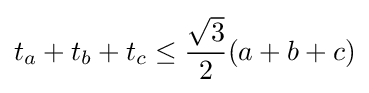
t_{a}+t_{b}+t_{c}\leq {\frac {\sqrt {3}}{2}}(a+b+c)